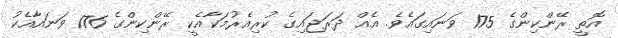
އޮތީ ރޭންކިންގެ 175 ވަނައިގައެވެ. އެއް ދަރަޖައިގެ ކުރިއެރުމަކާއެކީ ރޭންކިންގެ 176 ވަނައާއެކު